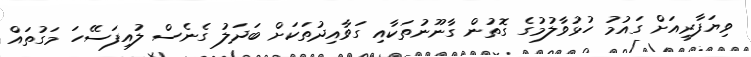
ވިޔަފާރިއަށް ގައުމު ހުޅުވާލުމުގެ ގޮތުން ގާނޫނުތަކާއި ގަވާއިދުތަކަށް ބަދަލު ގެނެސް ލުއިފަސޭހަ މަގުތައް